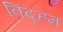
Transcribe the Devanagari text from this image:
विंद्हम